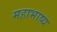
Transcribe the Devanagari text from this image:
महाभाष्‍य